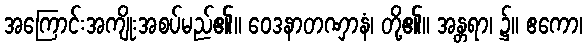
အကြောင်းအကျိုးအစပ်မည်၏။ ဝေဒနာတဏှာနံ၊ တို့၏။ အန္တရာ၊ ၌။ ဧကော၊